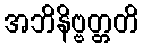
အဘိနိဗ္ဗတ္တတိ